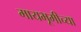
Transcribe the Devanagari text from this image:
मायभूमीच्या